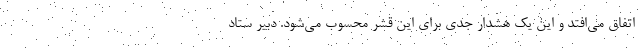
اتفاق می‌افتد و این یک هشدار جدی برای این قشر محسوب می‌شود. دبیر ستاد